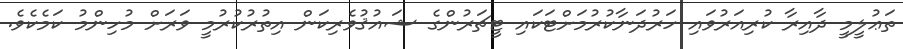
ތަޢުލީމީ ދާއިރާ ކުރިއަރުވައި ހަރުދަނާކުރުމަށްޓަކައި ޓީޗަރުންގެ ޝައުޤުވެރިކަން އިތުރުކުރުމީ ވަރަށް މުހިންމު ކަމެކެވެ.